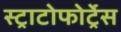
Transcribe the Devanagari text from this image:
स्ट्राटोफोर्ट्रेस